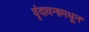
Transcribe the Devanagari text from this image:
वृंदावनामधून